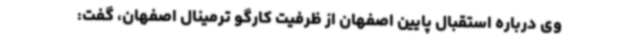
وی درباره استقبال پایین اصفهان از ظرفیت کارگو ترمینال اصفهان، گفت: